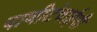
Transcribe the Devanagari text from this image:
पाणीटंचाईची